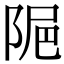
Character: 𨹣